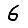
Digit: 6